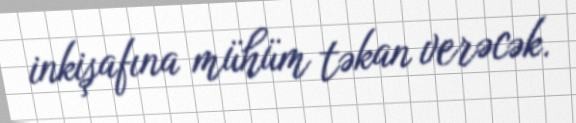
inkişafına mühüm təkan verəcək.